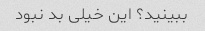
ببینید؟ این خیلی بد نبود